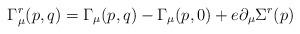
LaTeX: \begin{align*}\Gamma^r_{\mu}(p,q)= \Gamma_{\mu}(p,q)- \Gamma_{\mu}(p,0)+e \partial_{\mu} \Sigma^r(p)\end{align*}